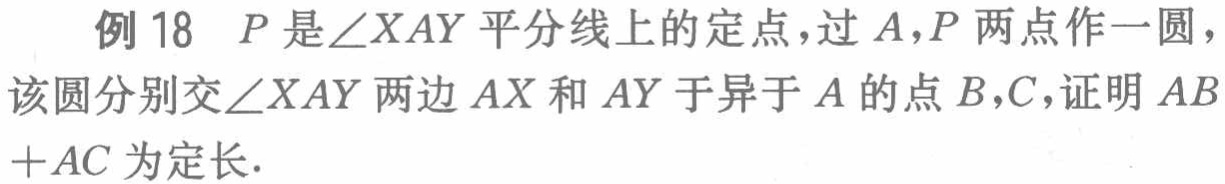
例 18 \(P\)是\(\angle XAY\)平分线上的定点，过\(A,P\)两点作一圆，该圆分别交\(\angle XAY\)两边\(AX\)和\(AY\)于异于\(A\)的点\(B,C\)，证明\(AB + AC\)为定长.